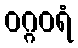
ဝဂ္ဂဝရံ